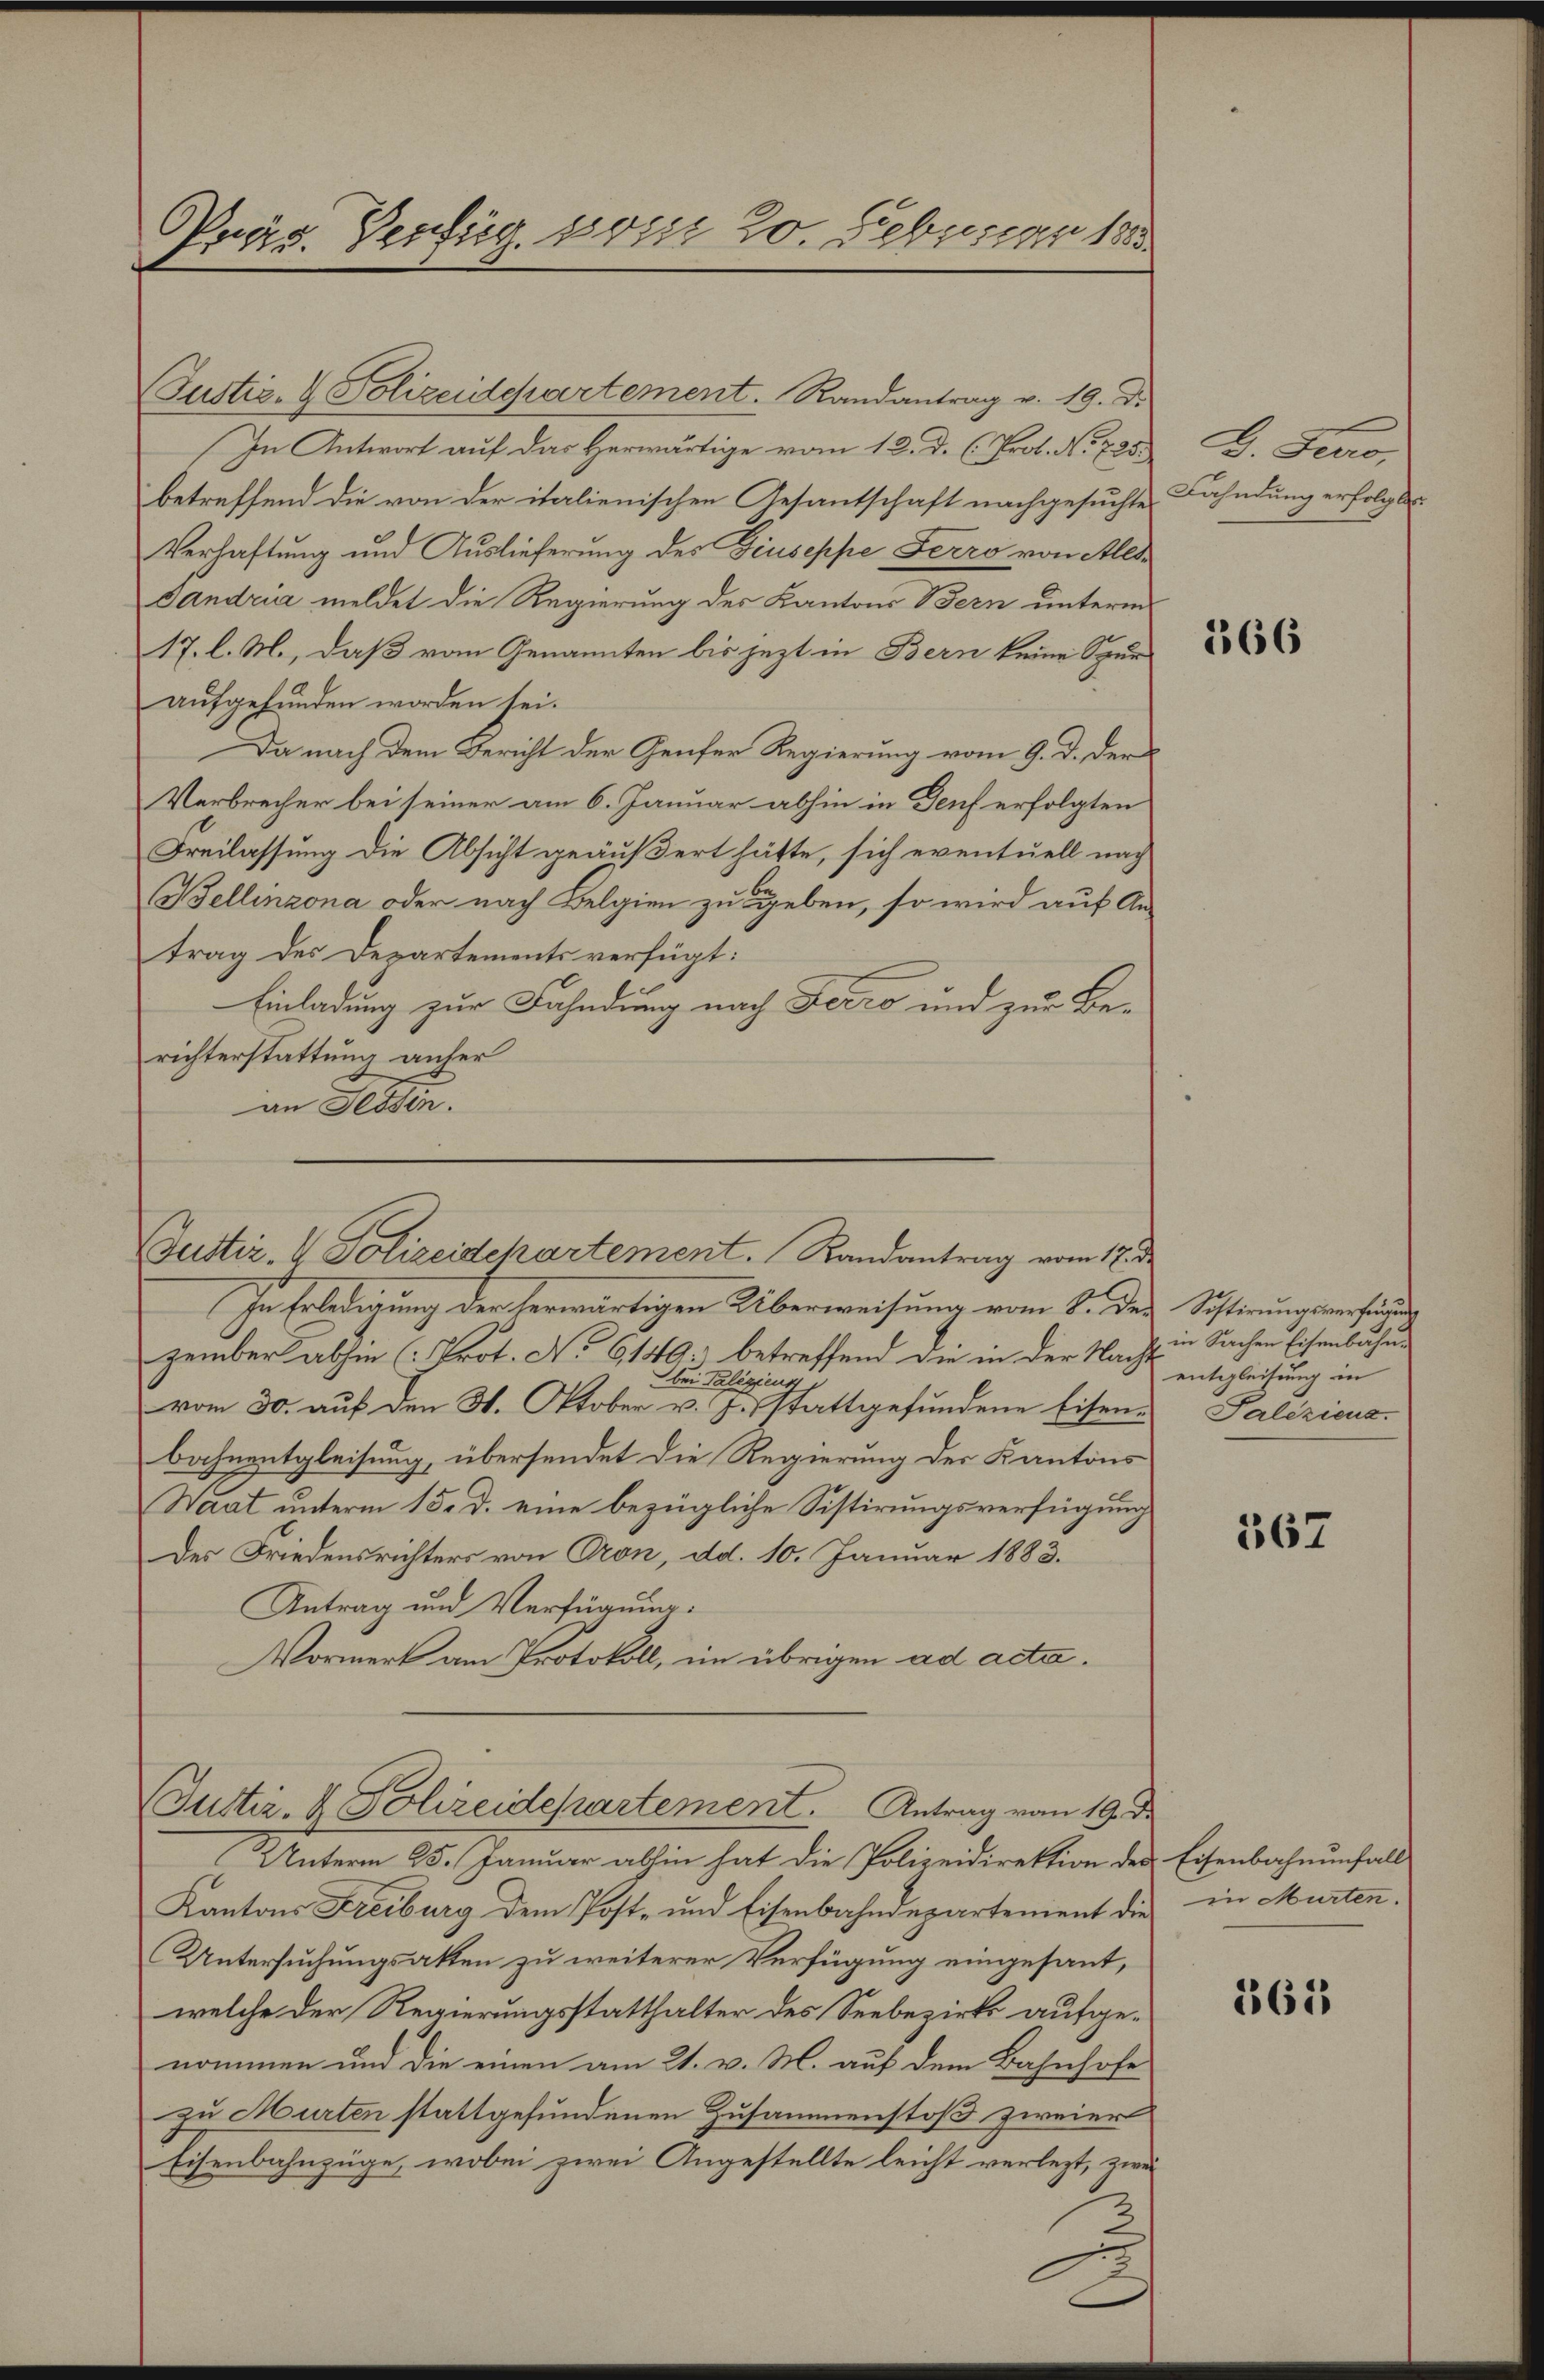
Justiz- & Polizeidepartement. Randantrag v. 19. Dr.
In Antwort auf das Herwärtige vom 12. d. C. Prof. No 725.
betreffend die von der italienischen Gesantschaft nachgesuchte Bahndung erfolgte
Verhaftung und Auslieferung des Giuseppe Ferro von All¬
Sandria meldet die Regierung des Kantons Bern unterm
17. l. M., daß vom Genannten bis jezt in Bern keine Spur
aufgefunden worden sei.
Da nach dem Bericht der Genfer Regierung vom 9. d. der
Verbrecher bei seiner am 6. Januar abhin in Genf erfolgten
Freilassung die Absicht geäußert hätte, sich eventuell nach
Bellinzona oder nach Belgien zu geben, so wird auf An-
trag des Departements verfügt:
Einladung zur Fahndung nach Ferro und zur Berichterstattung anher
an Sessen.

Präs. Verfüg, vom 20. Februar 185

In Erledigung der herwärtigen Überweisung vom 8. der Sistirungsverfund
zember abhin (Prot. No 6140. betreffend die in der Nacht entgleichung in
bei Valiziens
vom 30. auf den 3. Oktober v. J. stattgefundene Eisen- Paliziena
bahnentgleisung, übersendet die Regierung des Kantons
Waat unterm 15. d. eine bezügliche Sistirungsverfügung
Des Friedensrichters von Cron, dd. 10. Januar 1883.
Antrag und Verfügung.
Vormerk am Protokoll, im übrigen ad acta.

Unterm 25. Januar abhin hat die Polizeidirektion der Eisenbahnunfall
Kantons Freiburg dem Post- und Eisenbahndepartement die in Murten.
Untersuchungsakten zu weiterer Verfügung eingesant,
welche der Regierungsstatthalter des Seebezirks aufgenommen und die einen am 21. v. M. auf dem Bahnhofe
zu Murten stattgefundenen Zusammenstoß zweier
Eisenbahnzüge, wobei zwei Angestellte leicht verlegt, zwei

Justiz- & Polizeidepartement. Randantrag vom 17. d.

(Justiz- & Polizeidepartement. Antrag vom 19. d.

D. Seero,

266

in Sachen Eisenbahn.

367

1361